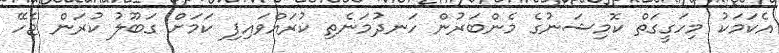
އެކަމަކު މިހަގީގަތް ކޮމިޝަނުގެ މެންބަރުން ހަނދުމަނެތި ކުރައްވައިފި ކަމަށް ގަބޫލު ކުރަން ޖެހޭ